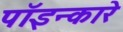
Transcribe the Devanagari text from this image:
पॉइन्कारे